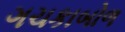
ગચકાબોળ